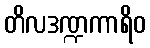
တိလဒဏ္ဍကာရိဝ